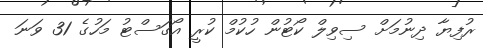
ރުފިޔާ ދިނުމަށް ސިވިލް ކޯޓުން ހުކުމް ކުރީ އޯގަސްޓު މަހުގެ 31 ވަނަ